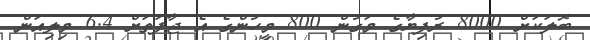
ބޮލަކަށް 8000 ރުފިޔާގެ މަގުން 800 މީހުންގެ އެ ޖާފަތަށް 6.4 މިލިއަން